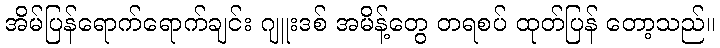
အိမ်ပြန်ရောက်ရောက်ချင်း ဂျူးဒစ် အမိန့်တွေ တရစပ် ထုတ်ပြန် တော့သည်။